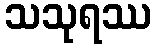
သသုရဿ